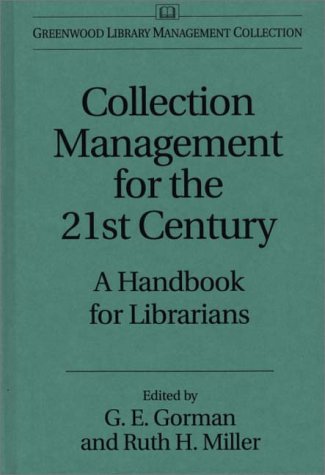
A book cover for Collection Management for the 21st Century: A Handbook for Librarians (Greenwood Library Management Collection); Gary E. Gorman; Politics & Social Sciences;